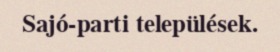
Sajó-parti települések.